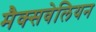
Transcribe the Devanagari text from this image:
मैक्सवेलियन